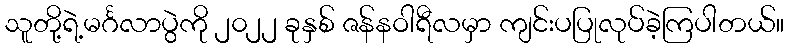
သူတို့ရဲ့မင်္ဂလာပွဲကို ၂၀၂၂ ခုနှစ် ဇန်နဝါရီလမှာ ကျင်းပပြုလုပ်ခဲ့ကြပါတယ်။